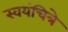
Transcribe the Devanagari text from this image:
स्वयंचित्रे